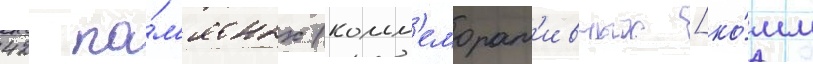
42 па́м'ятных (комм'еморат'ивных [ко́мм